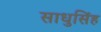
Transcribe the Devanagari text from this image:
साधुसिंह